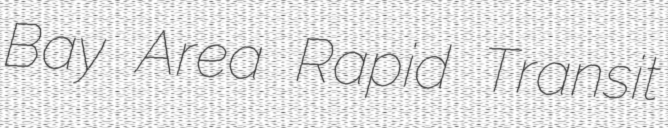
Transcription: Bay Area Rapid Transit